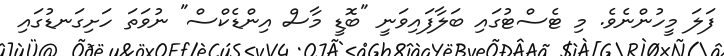
ފަލަ މީހުންނެވެ. މި ޓެސްޓުގައި ބަލާފައިވަނީ "ބޮޑީ މާސް އިންޑެކްސް" ނުވަތަ ހަށިގަނޑުގައި